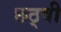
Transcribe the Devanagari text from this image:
छठ्वी